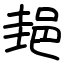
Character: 郌